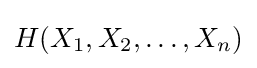
H(X_{1},X_{2},\ldots ,X_{n})